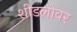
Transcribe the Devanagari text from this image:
शीडलोवर